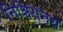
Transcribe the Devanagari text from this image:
निश्चियनय